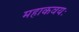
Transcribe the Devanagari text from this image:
महाकवयः